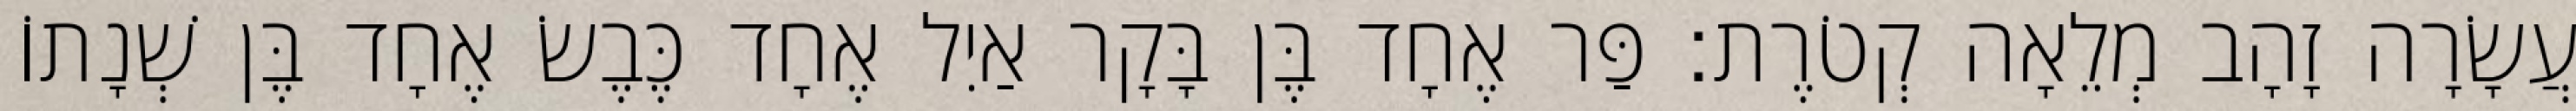
עֲשָׂרָה זָהָב מְלֵאָה קְטֹרֶת׃ פַּר אֶחָד בֶּן בָּקָר אַיִל אֶחָד כֶּבֶשׂ אֶחָד בֶּן שְׁנָתוֹ